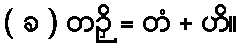
( ခ ) တဉှိ = တံ + ဟိ။